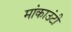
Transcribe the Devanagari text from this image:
मांकाउंटी